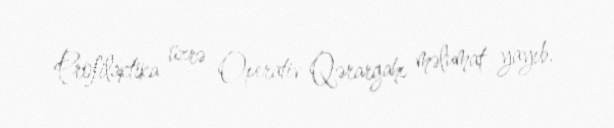
Profilaktika üzrə Operativ Qərargahı məlumat yayıb.